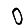
Digit: 0